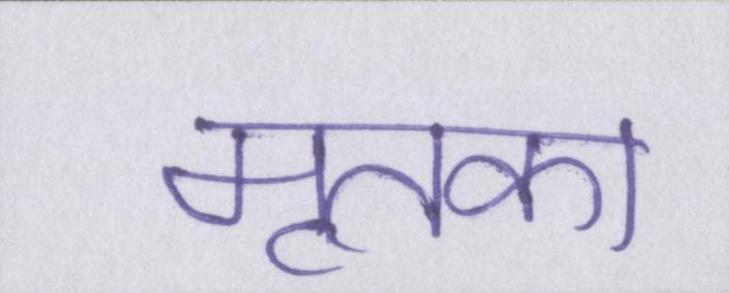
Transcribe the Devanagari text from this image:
मृतका